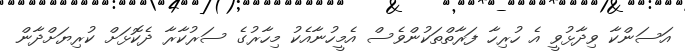
އަސަންކާ ވިދާޅުވީ އެ ހުރިހާ ފަރާތްތަކުންވެސް އެމީހުނާއެކު މިހާރުގެ ސަރުކާރާ ދެކޮޅަށް ކުރިޔަށްދާން